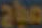
مباح